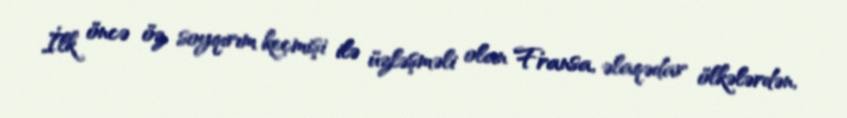
İlk öncə öz soyqırım keçmişi ilə üzləşməli olan Fransa, əlaqədar ölkələrdən,